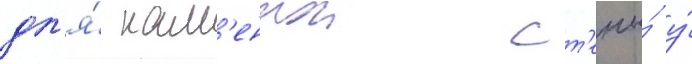
дл'я́ кам'еннои ст'ены́ у́